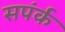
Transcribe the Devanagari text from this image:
सपंर्क